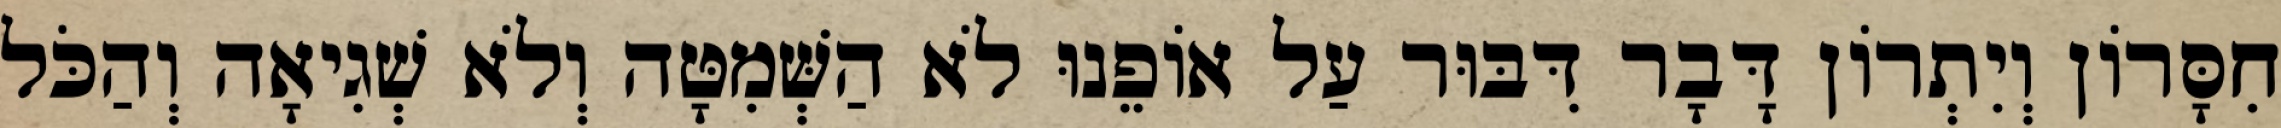
חִסָּרוֹן וְיִתְרוֹן דָּבָר דִּבּוּר עַל אוֹפֵנוּ לֹא הַשְּׁמִטָּה וְלֹא שְׁגִיאָה וְהַכֹּל